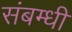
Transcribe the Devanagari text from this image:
संबम्धी